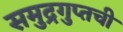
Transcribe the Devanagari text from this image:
समुद्रगुप्तची